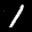
Label: 1